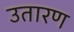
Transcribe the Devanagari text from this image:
उतारण